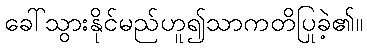
ခေါ်သွားနိုင်မည်ဟူ၍သာကတိပြုခဲ့၏။